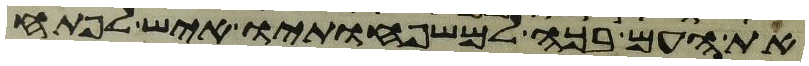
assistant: את העם בכה למשפחתיו איש לפתח